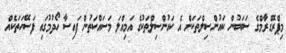
މިޕްރޮގްރާމްގެ ސަބަބުން ކައުންސިލްތަކަށް އެ ކައުންސިލްތަކުގެ އަމިއްލަ މަސައްކަތުން ފައިސާ ހޯދުމުގައި ފަސޭހަތަކެއް